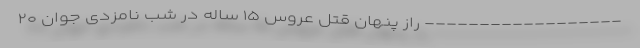
------------------ راز پنهان قتل عروس ۱۵ ساله در شب نامزدی جوان ۲۰